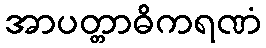
အာပတ္တာဓိကရဏံ